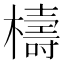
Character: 檮